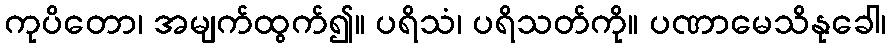
ကုပိတော၊ အမျက်ထွက်၍။ ပရိသံ၊ ပရိသတ်ကို။ ပဏာမေသိနုခေါ၊